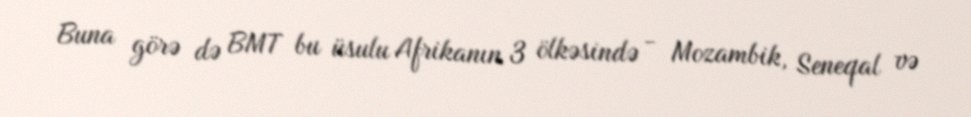
Buna görə də BMT bu üsulu Afrikanın 3 ölkəsində - Mozambik, Seneqal və